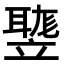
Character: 𥪻